Report on vaccination in Madras 1877-1894 - 1877-1894
Year: 1877
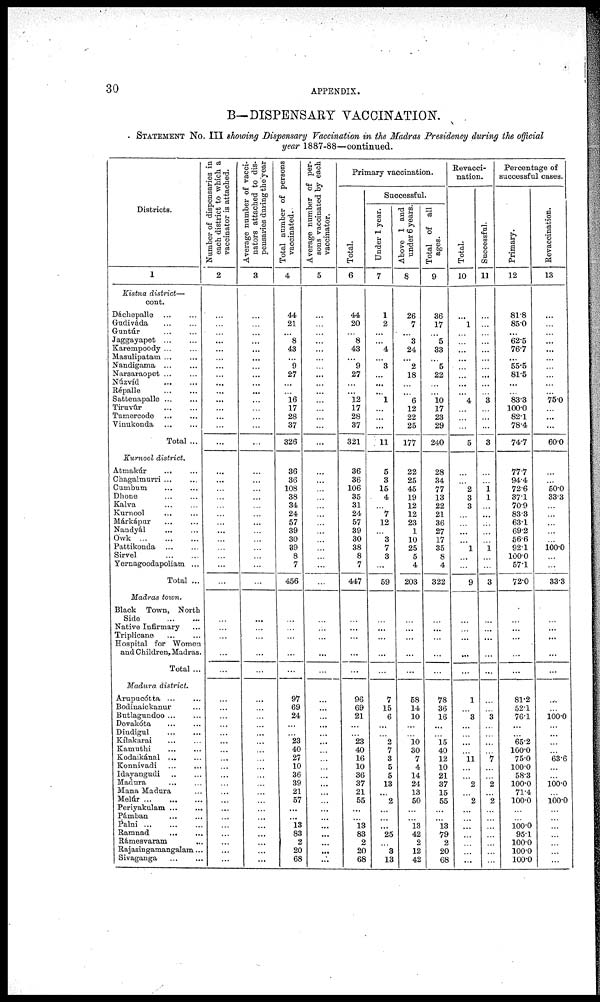
30
APPENDIX.
B— DISPENSARY VACCINATION.
STATEMENT No. III showing Dispensary Vaccination in the Madras Presidency during the official
year 1887-88—continued.
Districts.
1
Kistna district—
cont.
Dáchepalle
...
...
Gudiváda
...
...
Guntúr
...
...
Jaggayapet
...
...
Karempoody ... ...
Masulipatam ... ...
Nandigama
...
...
Narsaraopet ... ...
Núzvíd
... ...
Répalle
...
...
Sattenapalle ... ...
Tiruvúr ... ...
Tumercode
...
...
Vinukonda
...
...
Total ...
Kurnool district.
Atmakúr
... ...
Chagalmurri ...
Cumbum
...
...
Dhone ... ...
Kalva ... ...
Kurnool ... ...
Márkápur ... ...
Nandyál
... ...
Owk
...
...
...
Pattikonda ... ...
Sirvel
...
...
Yernagoodapoliam ...
Total ...
Madras town.
Black Town, North
Side
Native Infirmary ...
Triplicane
...
...
Hospital for Women
and Children, Madras.
Total ...
Madura district.
Arupucótta ... ...
Bodinaickanur ...
Butlagundoo ... ...
Devakóta ... ...
Dindigul ... ...
Kílakarai
...
...
Kamuthi ... ...
Kodaikánal
...
...
Konnivadi ... ...
Idayangudi
...
...
Madura
...
...
Mana Madura ...
Melúr
...
...
...
Periyakulam ... ...
Pámban
...
...
Palni
...
...
...
Ramnad
...
...
Rámesvaram
...
Rajasingamangalam...
Sivaganga ... ...
Number of dispensaries in
each district to which a
vaccinator is attached.
2
...
...
...
...
...
...
...
...
...
...
...
...
...
...
...
...
...
...
...
...
...
...
...
...
...
...
...
...
...
...
...
...
...
...
...
...
...
...
...
...
...
...
...
...
...
...
...
...
...
...
...
...
...
...
...
Average number of vacci¬
nators attached to dis-
pensaries during the year
3
...
...
...
...
...
...
...
...
...
...
...
...
...
...
...
...
...
...
...
...
...
...
...
...
...
...
...
...
...
...
...
...
...
...
...
...
...
...
...
...
...
...
...
...
...
...
...
...
...
...
...
...
...
...
...
Total number of persons
vaccinated.
4
44
21
...
8
43
...
9
27
...
...
16
17
28
37
326
36
36
108
38
34
24
57
39
30
39
8
7
456
...
...
...
...
...
...
...
97
69
24
...
...
23
40
27
10
36
39
21
57
...
...
13
83
2
20
68
Average number of per-
sons vaccinated by each
vaccinator.
5
...
...
...
...
...
...
...
...
...
...
...
...
...
...
...
...
...
...
...
...
...
...
...
...
...
...
...
...
...
...
...
...
...
...
...
...
...
...
...
...
...
...
...
...
...
...
...
...
...
...
...
...
...
...
...
Primary vaccination.
Total.
6
44
20
...
8
43
...
9
27
...
...
12
17
28
37
321
36
36
106
35
31
24
57
39
30
38
8
7
447
...
...
...
...
...
...
...
96
69
21
...
...
23
40
16
10
36
37
21
55
...
...
13 83
2
20
68
Successful.
Under 1 year.
7
1
2
...
...
4
...
3
...
...
...
1
...
...
...
11
5
3
15
4
...
7
12
...
3
7
3
...
59
...
...
...
...
...
...
...
7
15
6
...
...
2
7
3
5
5
13
...
2
...
...
...
.25
...
3
13
Above 1 and
under 6 years.
8
26
7
...
3
24
...
2
18
...
...
6
12
22
25
177
22
25
45
19
12
12
23
1
10
25
5
4
203
...
...
...
...
...
...
...
58
14
10
...
...
10
30
7
4
14
24
13
50
...
...
13
42
2
12
42
Total of all
ages.
9
36
17
...
5
33
...
5
22
...
...
10
17
23
29
240
28
34
77
13
22
21
36
27
17
35
8
4
322
...
...
...
...
...
...
...
73
36
16
...
...
15
40
12
10
21
37
15
55
...
...
13
79
2
20
68
Revacci¬
nation.
Total.
10
...
1
...
...
...
...
...
...
...
...
4
...
...
...
5
...
...
2
3
3
...
...
...
...
1
...
...
9
...
...
...
...
...
...
...
1
...
3
...
...
...
...
11
...
...
2
...
2
...
...
...
...
...
...
...
Successful.
11
...
...
...
...
...
...
...
...
...
...
3
...
...
...
3
...
...
1 1
...
...
...
...
...
1
...
...
3
...
...
...
...
...
...
...
...
...
3
...
...
...
...
7
...
...
2
...
2
...
...
...
...
...
...
...
Percentage of
successful cases.
Primary.
12
81.8
85.0
...
62.5
76.7
...
55.5
81.5
...
...
83.3
100.0
82.1
78.4
74.7
77.7
94.4
72.6
37.1
70.9
83.3
63.1
69.2
56.6
92.1
100.0
57.1
720
...
...
...
...
...
...
...
81.2
52.1
76.1
...
...
65.2
100.0
75.0
100.0
583
100.0
71.4
100.0
...
...
100.0
95.1
100.0
100.0
100.0
Revaccination.
13
...
...
...
...
...
...
...
...
...
...
75.0
...
...
...
60.0
...
...
50.0
33.3
...
...
...
...
...
100.0
...
...
33.3
...
...
...
...
...
...
...
...
...
100.0
...
...
...
...
63.6
...
...
100.0
...
100.0
...
...
...
...
...
...
...